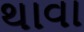
થાવા